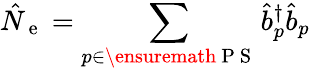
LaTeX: \hat{N}_{\mathrm{~e~}}=\sum_{p\in\ensuremath{\mathrm{~P~S~}}}\hat{b}_{p}^{\dagger}\hat{b}_{p}